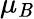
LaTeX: \mu_{\mathit{B}}